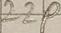
Text: 22P